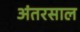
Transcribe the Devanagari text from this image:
अंतरसाल